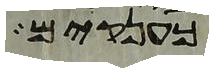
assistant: כענקים